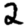
Digit: 2